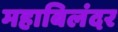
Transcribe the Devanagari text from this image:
महाबिलंदर